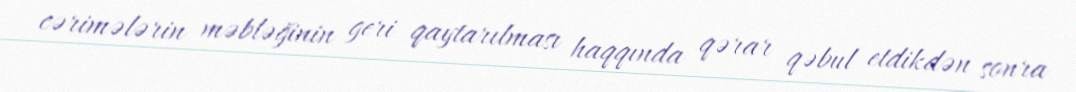
cərimələrin məbləğinin geri qaytarılması haqqında qərar qəbul etdikdən sonra